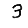
Digit: 3